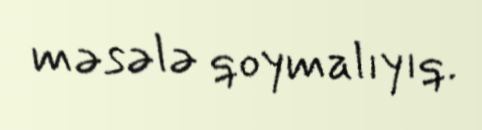
məsələ qoymalıyıq.